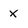
Character: x